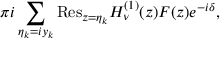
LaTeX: \pi i \sum _ { \eta _ { k } = i y _ { k } } { \mathrm { R e s } } _ { z = \eta _ { k } } H _ { \nu } ^ { ( 1 ) } ( z ) F ( z ) e ^ { - i \delta } ,